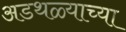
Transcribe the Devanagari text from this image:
अडथळ्याच्या